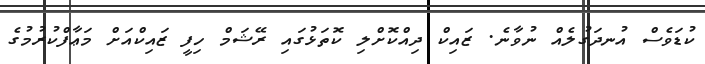
ކުޑަވެސް އުނދަގުލެއް ނުވާނެ. ޒައިކް ދިއްކޮށްލި ކޮތަޅުގައި ރޭޝަމް ހިފީ ޒައިކްއަށް މަޢާފްކުރުމުގެ